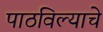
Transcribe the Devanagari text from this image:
पाठविल्याचे